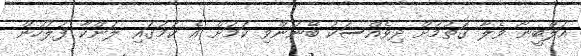
އަލްބީނޯ ވެލާ ގަތުމަށް ދިވެއްސަކު ބޭނުންވި ކަމަށް އެ ކަމުގައި ލަންކާ ފުލުހުން